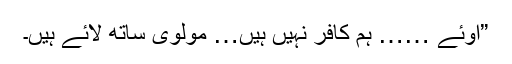
”اوئے …… ہم کافر نہیں ہیں… مولوی ساتھ لائے ہیں۔